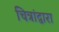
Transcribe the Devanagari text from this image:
चित्रांद्वारा